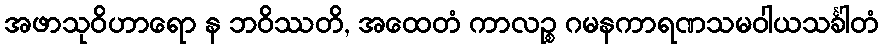
အဖာသုဝိဟာရော န ဘဝိဿတိ, အထေတံ ကာလဉ္စ ဂမနကာရဏသမဝါယသင်္ခါတံ